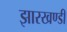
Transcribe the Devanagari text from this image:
झारखण्‍डी